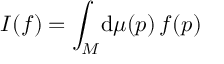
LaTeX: I ( f ) = \int _ { M } \! \mathrm { d } \mu ( p ) \, f ( p )